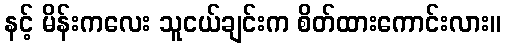
နင့် မိန်းကလေး သူငယ်ချင်းက စိတ်ထားကောင်းလား။